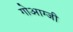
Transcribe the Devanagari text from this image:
गोआग्जी